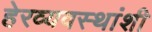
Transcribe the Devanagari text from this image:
हेरव्यवस्थांशी